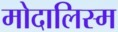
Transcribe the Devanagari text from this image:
मोदालिस्म